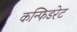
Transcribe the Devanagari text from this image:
कन्फिडरेट